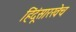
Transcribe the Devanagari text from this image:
हिंदूंसारखेच